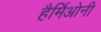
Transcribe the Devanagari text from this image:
हैर्मिओनी